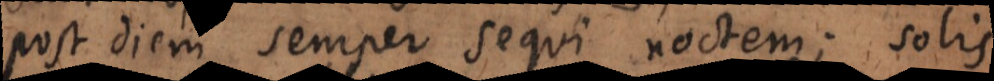
post diem semper sequi noctem; solis